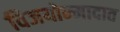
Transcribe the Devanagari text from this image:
विजयोन्मादात